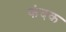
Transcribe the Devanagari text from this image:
कंदक